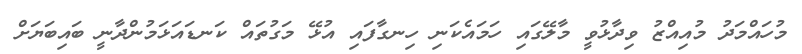
މުހައްމަދު މުއިއްޒު ވިދާޅުވީ މާލޭގައި ހަމައެކަނި ހިނގާފައި އުޅޭ މަގުތައް ކަނޑައަޅަމުންދާނީ ބައިބަޔަށް